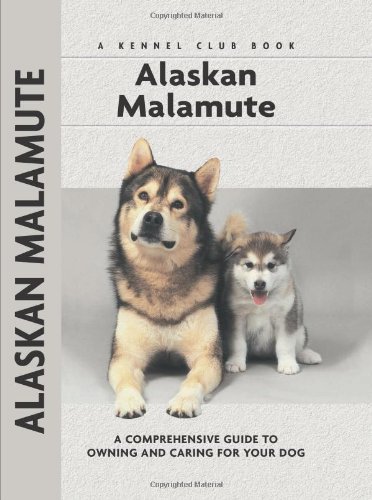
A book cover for Alaskan Malamute (Comprehensive Owner's Guide); Thomas Stockman; Sports & Outdoors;